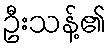
ဦးသန့်၏